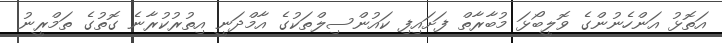
އަތޮޅު އަންހެނުންގެ ވޮލީބޯޅަ މުބާރާތް ފަށައިފި ކައުންސިލްތަކުގެ އާމްދަނީ އިތުރުކުރާނެ ގޮތުގެ ތަމްރީނު